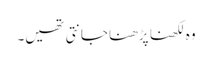
وہ لکھنا پڑھنا جانتی تھیں۔